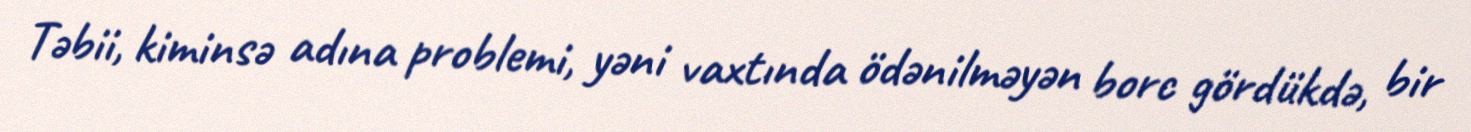
Təbii, kiminsə adına problemi, yəni vaxtında ödənilməyən borc gördükdə, bir